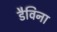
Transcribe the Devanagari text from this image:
डैविना